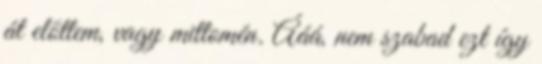
át előttem, vagy mittomén. Ááá, nem szabad ezt így